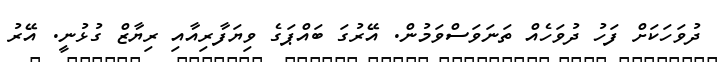
ދުވަހަކަށް ފަހު ދުވަހެއް ތަނަވަސްވަމުން. އޭރުގަ ބައްޕަގެ ވިޔަފާރިއާއި ރިޔާޒް ގުޅުނީ. އޭރު